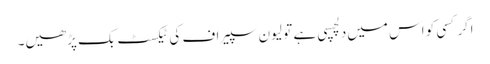
اگر کسی کو اس میں‌دلچسپی ہے تو لیون سپیراف کی ٹیکسٹ بک پڑھیں۔